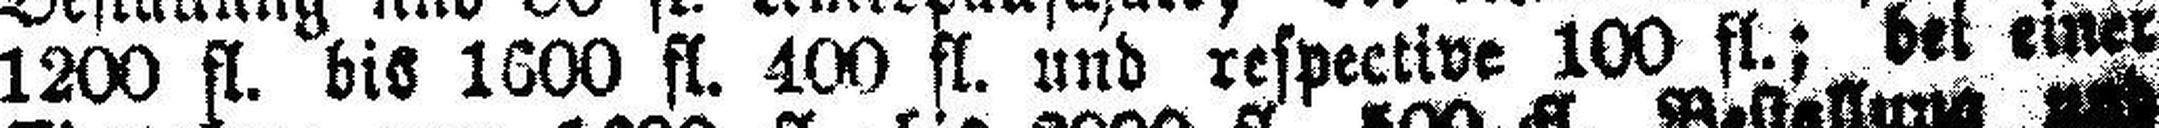
1200 fl. bis 1600 fl. 400 fl. und respective 100 fl. ; bei einer